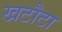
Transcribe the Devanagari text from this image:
खटौटा